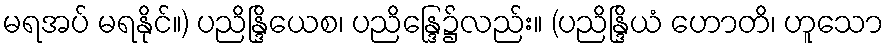
မရအပ် မရနိုင်။) ပညိန္ဒြိယေစ၊ ပညိန္ဒြေ၌လည်း။ (ပညိန္ဒြိယံ ဟောတိ၊ ဟူသော